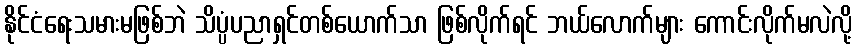
နိုင်ငံရေးသမားမဖြစ်ဘဲ သိပ္ပံပညာရှင်တစ်ယောက်သာ ဖြစ်လိုက်ရင် ဘယ်လောက်များ ကောင်းလိုက်မလဲလို့